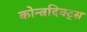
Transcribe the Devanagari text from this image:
कोन्त्रदिक्ट्स